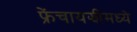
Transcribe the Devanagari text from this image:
फ्रेंचायझीमध्ये